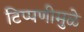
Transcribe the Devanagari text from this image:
टिप्पणीमुळे